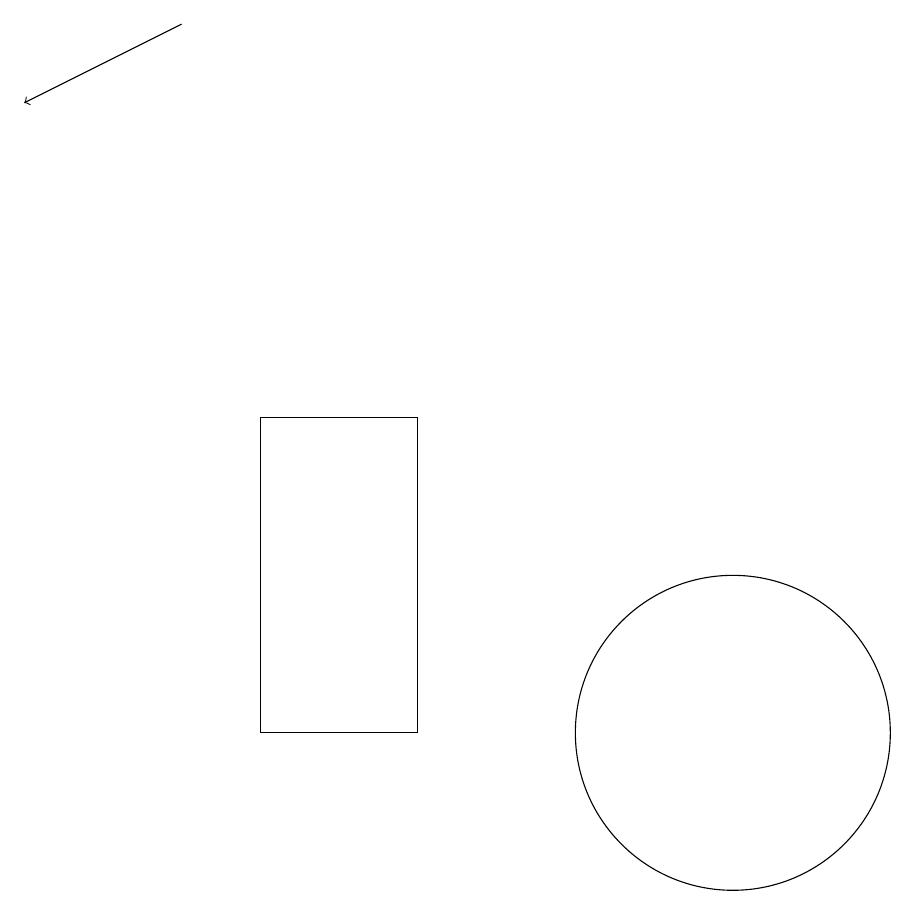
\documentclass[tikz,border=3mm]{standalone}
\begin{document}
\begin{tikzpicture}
\draw (10,12) circle (0);
\draw[->] (4,19) -- (2,18);
\draw (5,14) rectangle (7,10);
\draw (11,10) circle (2);
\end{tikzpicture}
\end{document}